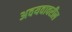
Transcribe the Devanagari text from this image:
अवयवावरील